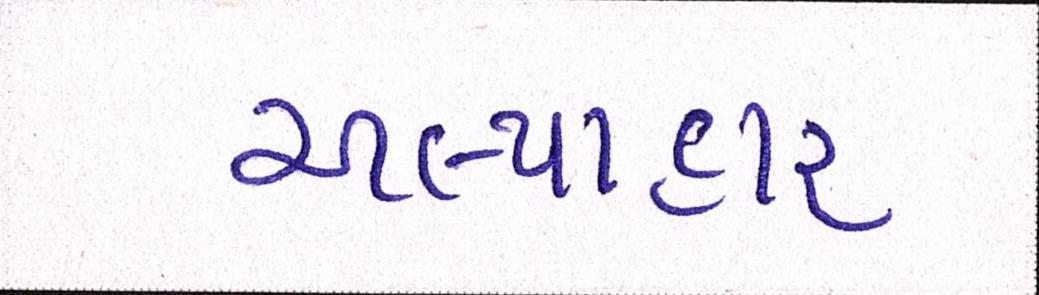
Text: અલ્પાહાર